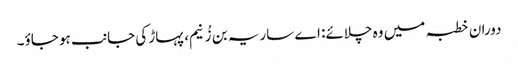
دوران خطبہ میں وہ چلائے: اے ساریہ بن زُنیم، پہاڑ کی جانب ہو جاؤ۔